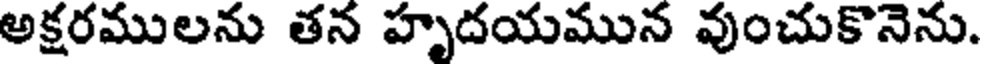
అక్షరములను తన హృదయమున వుంచుకొనెను.